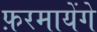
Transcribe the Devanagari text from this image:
फ़रमायेंगे